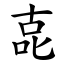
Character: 㖛